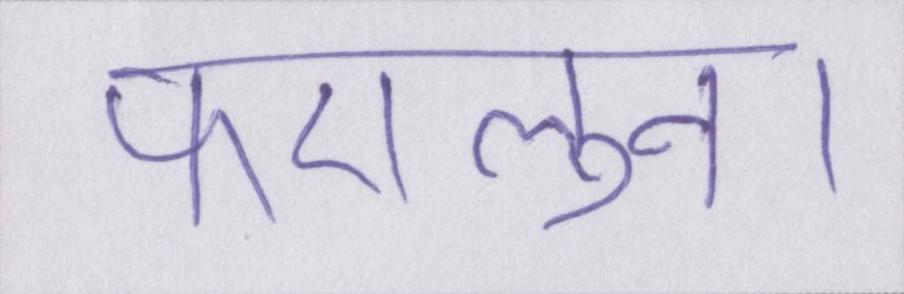
फएलुन।